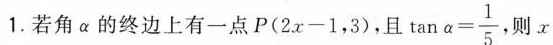
1.若角α的终边上有一点P ( $$2 x - 1$$，3 )，且 $$\tan α = \frac { 1 } { 5 }$$ ，则x